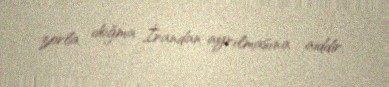
zorla doğma İrandan ayrılmasına aiddir.